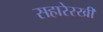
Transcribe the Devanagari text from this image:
सहारेरखी